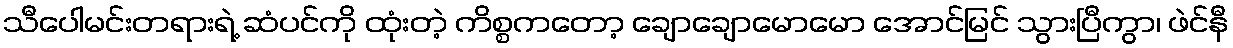
သီပေါမင်းတရားရဲ့ ဆံပင်ကို ထုံးတဲ့ ကိစ္စကတော့ ချောချောမောမော အောင်မြင် သွားပြီကွာ၊ ဖဲင်နီ